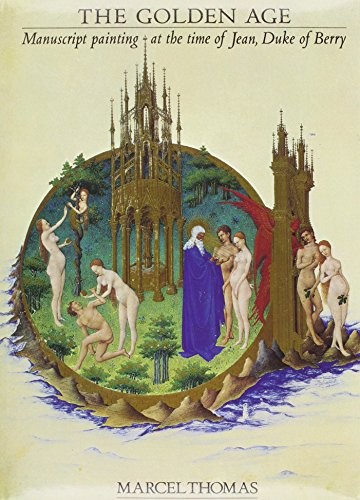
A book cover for The Golden Age: Manuscript Painting at the Time of Jean, Duke of Berry; Marcel Thomas; Crafts, Hobbies & Home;